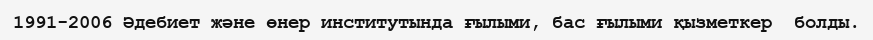
1991-2006 Әдебиет және өнер институтында ғылыми, бас ғылыми қызметкер  болды.